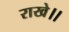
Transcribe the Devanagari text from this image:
राखे।।